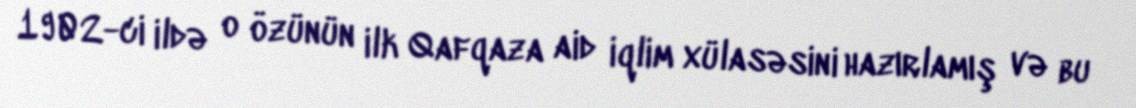
1902-ci ildə o özünün ilk Qafqaza aid iqlim xülasəsini hazırlamış və bu